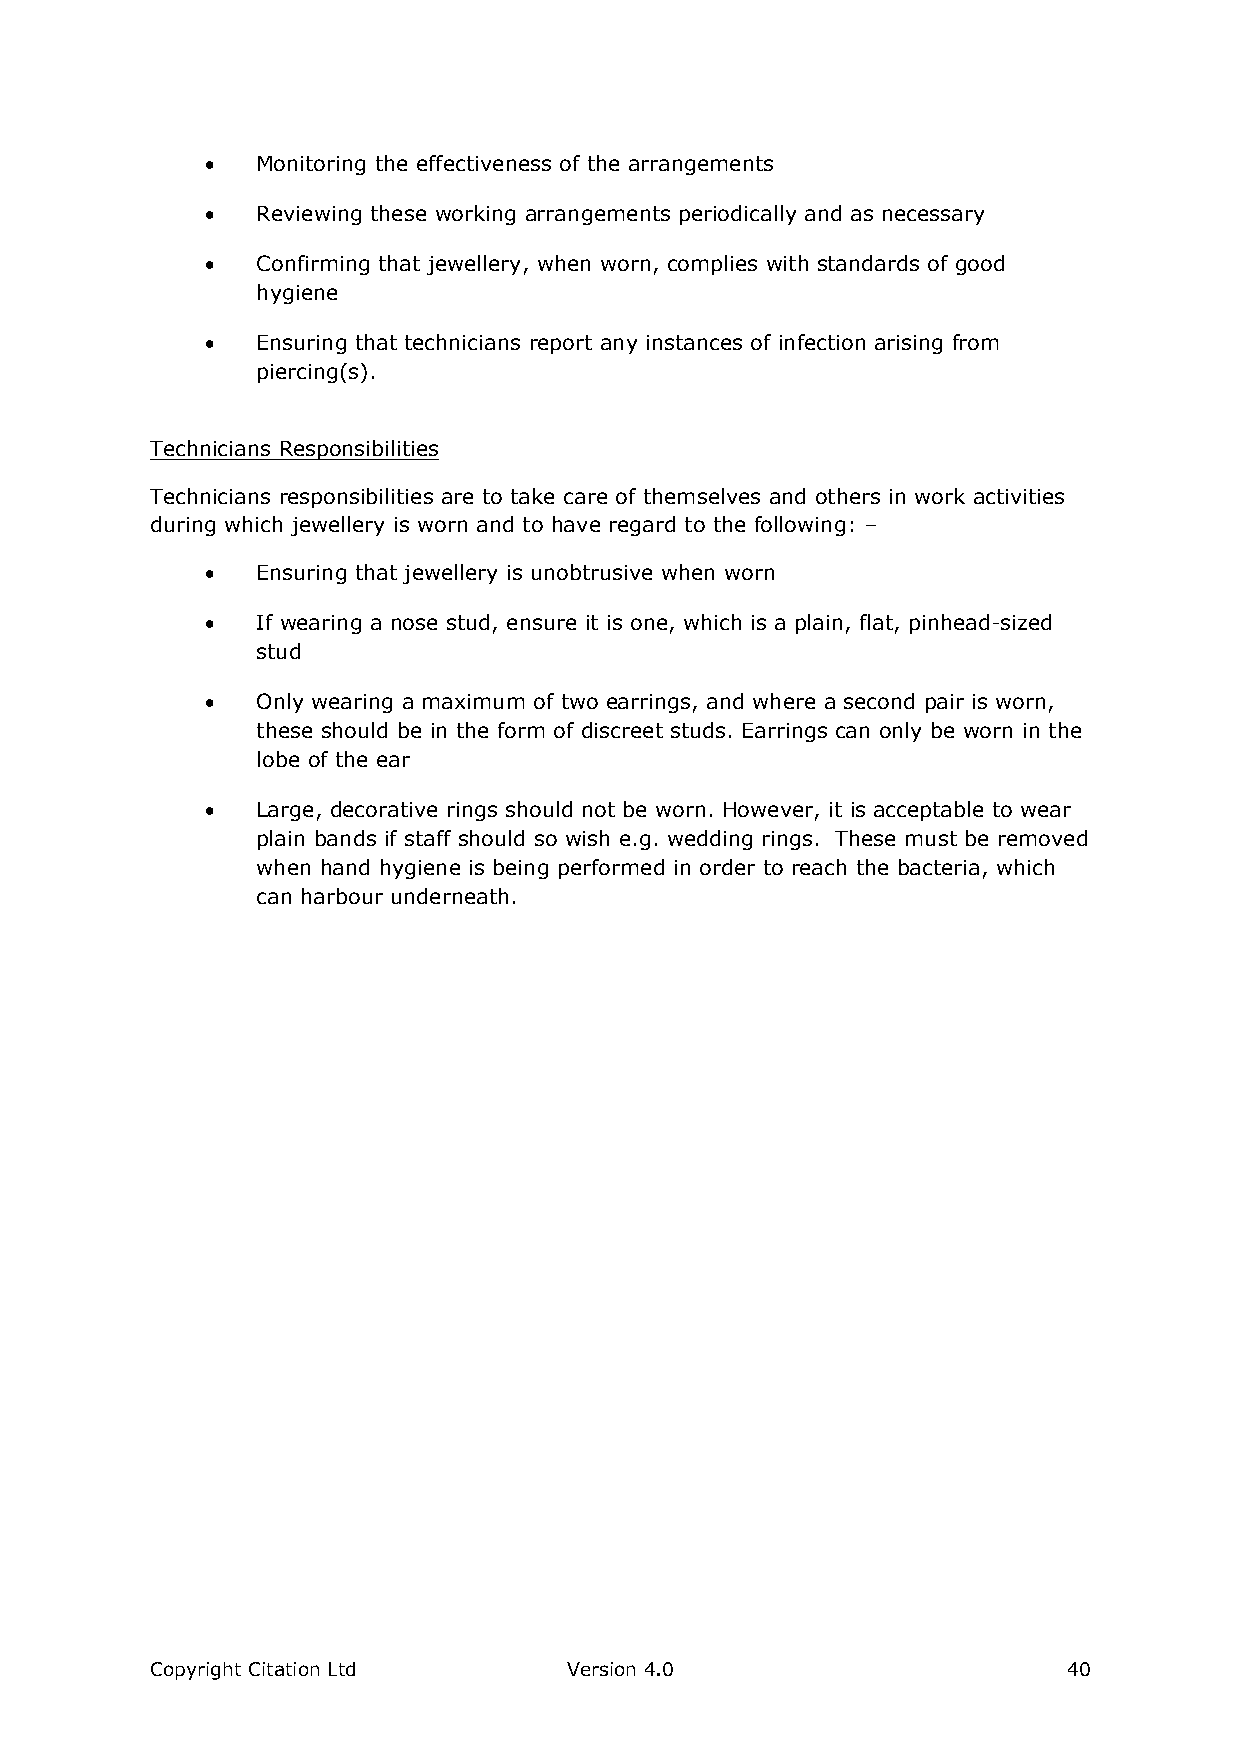
  Monitoring the effectiveness of the arrangements
   Reviewing these working arrangements periodically and as necessary
   Confirming that jewellery, when worn, complies with standards of good
 hygiene
   Ensuring that technicians report any instances of infection arising from
 piercing(s).
 Technicians Responsibilities
 Technicians responsibilities are to take care of themselves and others in work activities
 during which jewellery is worn and to have regard to the following: –
   Ensuring that jewellery is unobtrusive when worn
   If wearing a nose stud, ensure it is one, which is a plain, flat, pinhead-sized
 stud
   Only wearing a maximum of two earrings, and where a second pair is worn,
 these should be in the form of discreet studs. Earrings can only be worn in the
 lobe of the ear
   Large, decorative rings should not be worn. However, it is acceptable to wear
 plain bands if staff should so wish e.g. wedding rings. These must be removed
 when hand hygiene is being performed in order to reach the bacteria, which
 can harbour underneath.
 Copyright Citation Ltd      Version 4.0                      40